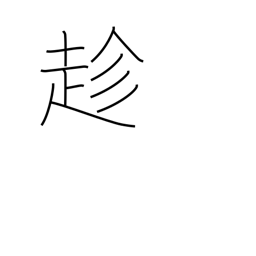
Meaning: go to